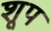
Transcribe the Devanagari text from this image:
शूप